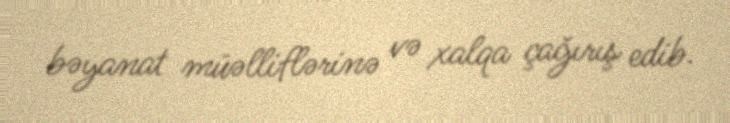
bəyanat müəlliflərinə və xalqa çağırış edib.